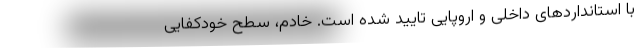
با استانداردهای داخلی و اروپایی تایید شده است. خادم، سطح خودکفایی